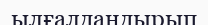
ылғалдандырып